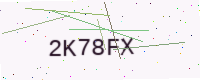
Text: 2K78FX